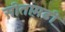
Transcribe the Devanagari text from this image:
सीता़मढी़